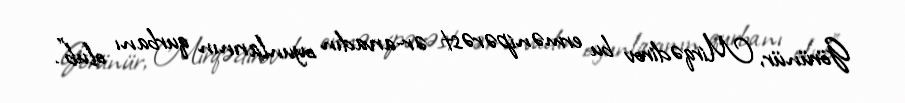
Görünür, Mirqədirov bu ermənipərəst ər-arvadın oyunlarının qurbanı olub”.